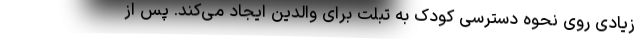
زیادی روی نحوه دسترسی کودک به تبلت برای والدین ایجاد می‌کند. پس از